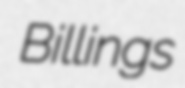
Billings